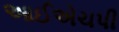
આઈએચપી